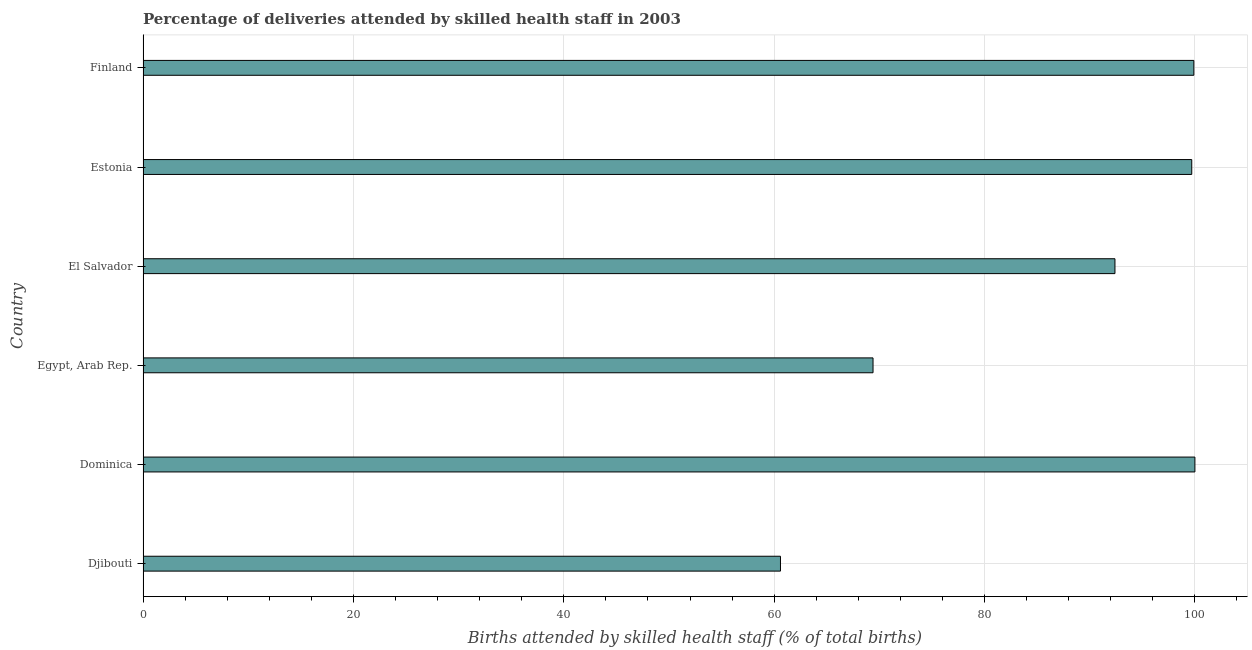
| Country | Births attended by skilled health staff |
 | --- | --- |
 | Djibouti | 60.6 |
 | Dominica | 100 |
 | Egypt, Arab Rep. | 69.4 |
 | El Salvador | 92.4 |
 | Estonia | 99.7 |
 | Finland | 99.9 |